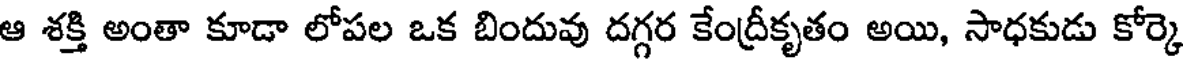
ఆ శక్తి అంతా కూడా లోపల ఒక బిందువు దగ్గర కేంద్రీకృతం అయి, సాధకుడు కోర్కె